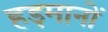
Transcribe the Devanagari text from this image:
हड़मानों